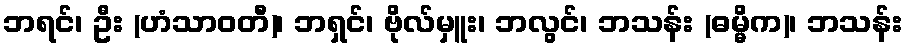
ဘရင်၊ ဦး (ဟံသာဝတီ)၊ ဘရှင်၊ ဗိုလ်မှူး၊ ဘလွင်၊ ဘသန်း (ဓမ္မိက)၊ ဘသန်း